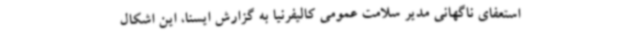
استعفای ناگهانی مدیر سلامت عمومی کالیفرنیا به گزارش ایسنا، این اشکال